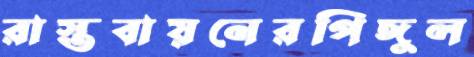
রাস্তবায়নেরপিঙ্গুল